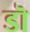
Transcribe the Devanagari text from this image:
डॊ